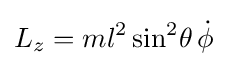
L_{z}=ml^{2}\sin ^{2}\!\theta \,{\dot {\phi }}